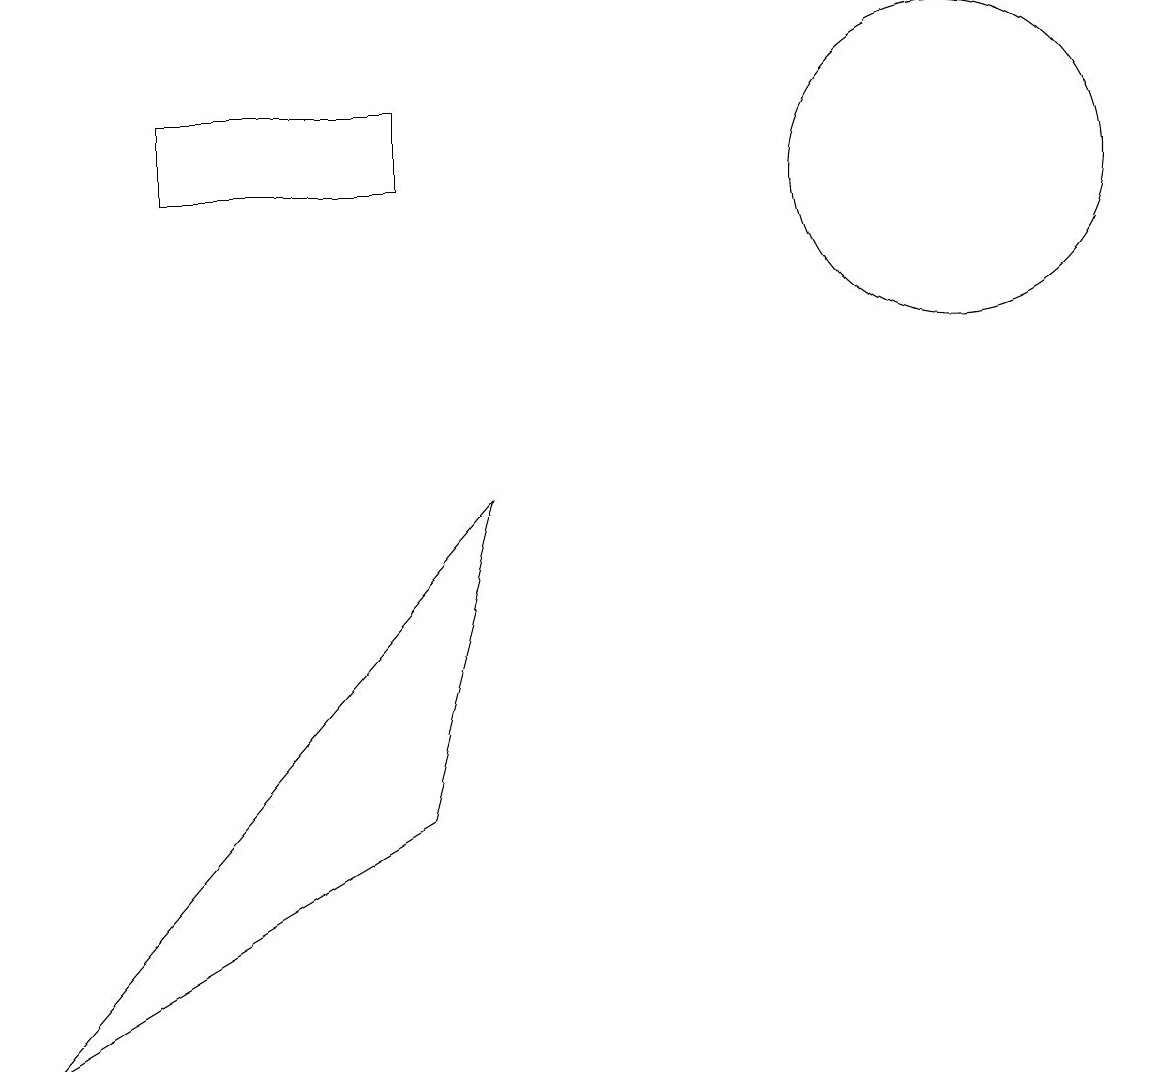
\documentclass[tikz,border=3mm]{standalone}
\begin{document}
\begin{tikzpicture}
\draw (0,1) -- (5,4) -- (6,8) -- cycle;
\draw (5,13) rectangle (2,12);
\draw (10,10) circle (0);
\draw (12,12) circle (2);
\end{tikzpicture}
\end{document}